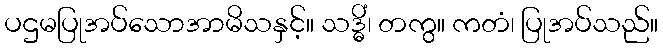
ပဌမပြုအပ်သောအာမိသနှင့်။ သဒ္ဓိံ၊ တကွ။ ကတံ၊ ပြုအပ်သည်။